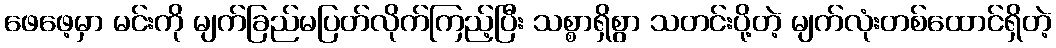
ဖေဖေ့မှာ မင်းကို မျက်ခြည်မပြတ်လိုက်ကြည့်ပြီး သစ္စာရှိစွာ သတင်းပို့တဲ့ မျက်လုံးတစ်ထောင်ရှိတဲ့